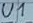
Text: U1